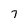
Character: 7